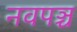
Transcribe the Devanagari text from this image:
नवपञ्च